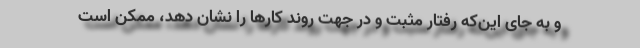
و به جای این‌که رفتار مثبت و در جهت روند کارها را نشان دهد، ممکن است